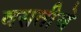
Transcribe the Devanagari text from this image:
वसतीचे